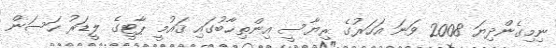
ނިމިގެންދިޔަ 2008 ވަނަ އަހަރުގެ ރިޔާސީ އިންތިޚާބުގައި ޤައުމީ ޕާޓީގެ ލީޑަރު ހަސަން